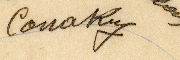
Conkry